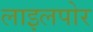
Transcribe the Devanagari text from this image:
लाइलपोर